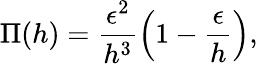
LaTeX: \Pi(h)=\frac{\epsilon^{2}}{h^{3}}\left(1-\frac{\epsilon}{h}\right),